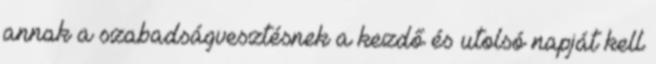
annak a szabadságvesztésnek a kezdő és utolsó napját kell